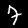
Label: 7